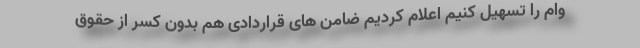
وام را تسهیل کنیم اعلام کردیم ضامن های قراردادی هم بدون کسر از حقوق